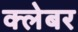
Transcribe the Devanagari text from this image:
क्लेबर